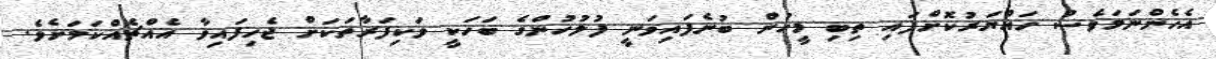
އެހެންނަމަވެސް ހައްޔަރުކޮށްފައި ތިބި މީހުން ބުނެފައިވަނީ ފުލުހުންގެ ބަހަކީ ވަކިފަރާތަކަށް ޖެހިފައިވާ އެއްޗެއްކަމަށެވެ.